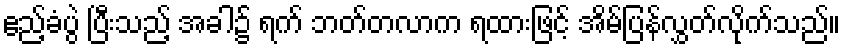
ဧည့်ခံပွဲ ပြီးသည့် အခါ၌ ရက် ဘတ်တလာက ရထားဖြင့် အိမ်ပြန်လွှတ်လိုက်သည်။